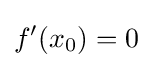
f'(x_{0})=0